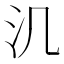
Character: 㲹